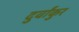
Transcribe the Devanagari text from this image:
दुर्वांकुर